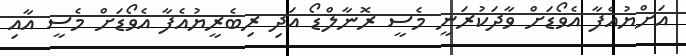
އަށްޔުއެފާ އެވޯޑަށް ވާދަކުރަނީ މެސީ ރޮނާލްޑޯ އަދި ރިބެރީޔުއެފާ އެވޯޑަށް މެސީ އާއި